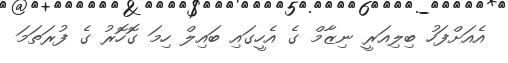
އެއަށްފަހު ބިލިއަރީ ނިޒާމް ގެ އެހީގައި ބައިލް ހިމަ ގޮހޮރު ގެ ފުރަތަމަ